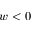
w < 0